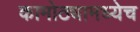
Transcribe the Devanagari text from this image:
कामोठ्यामध्येच